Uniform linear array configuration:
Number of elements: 12
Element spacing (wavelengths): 1
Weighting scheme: hann
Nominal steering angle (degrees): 60
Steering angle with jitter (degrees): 59.392
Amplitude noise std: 0.05
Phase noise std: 0.05

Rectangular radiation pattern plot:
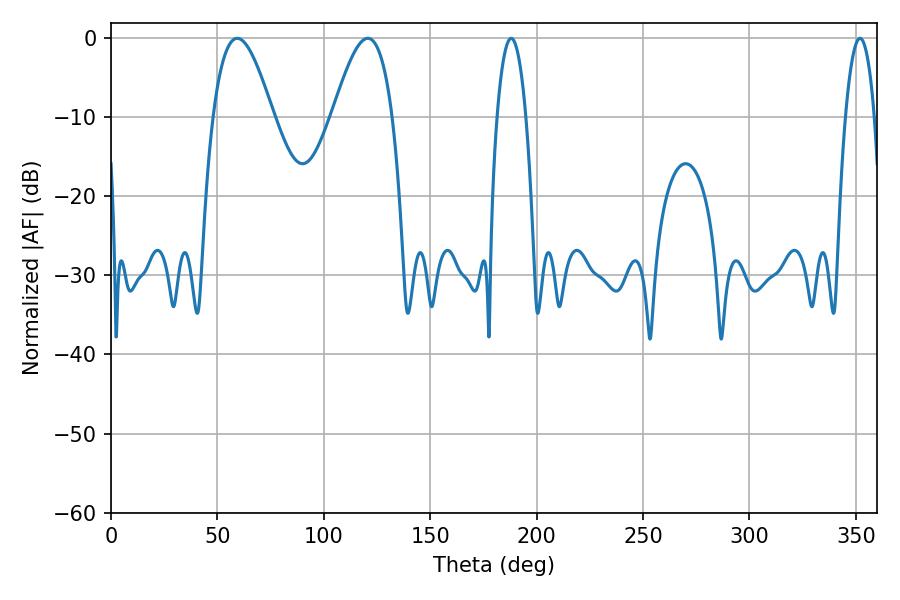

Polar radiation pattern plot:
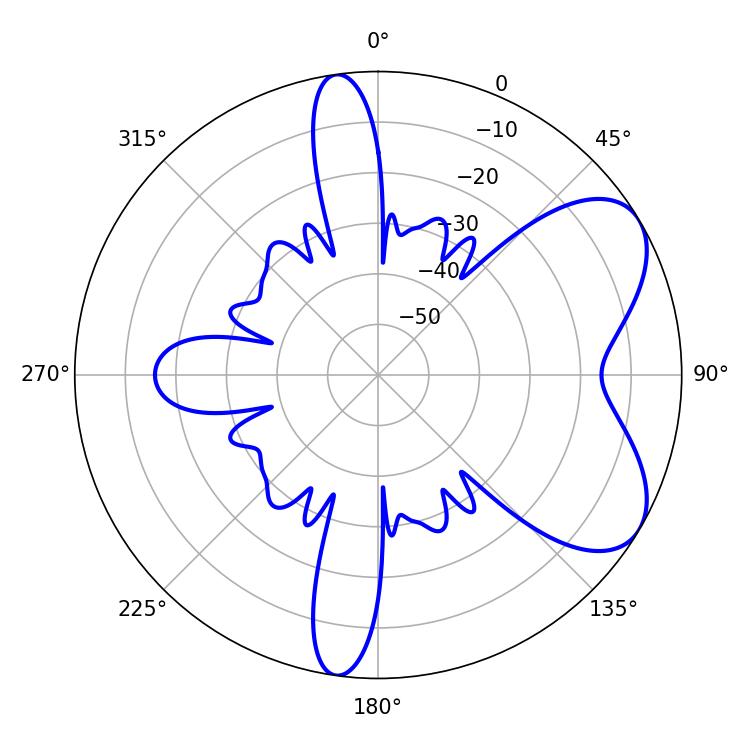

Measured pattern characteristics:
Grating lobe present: TRUE
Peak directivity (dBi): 6.321
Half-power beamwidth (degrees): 15.3
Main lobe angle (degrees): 59.4